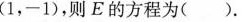
(1，-1)，则E的方程为()。